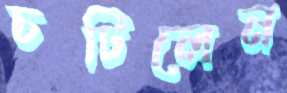
চটিলেন